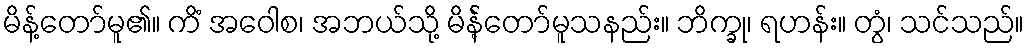
မိန့်တော်မူ၏။ ကိံ အဝေါစ၊ အဘယ်သို့ မိန်ဲ့တော်မူသနည်း။ ဘိက္ခု၊ ရဟန်း။ တွံ၊ သင်သည်။